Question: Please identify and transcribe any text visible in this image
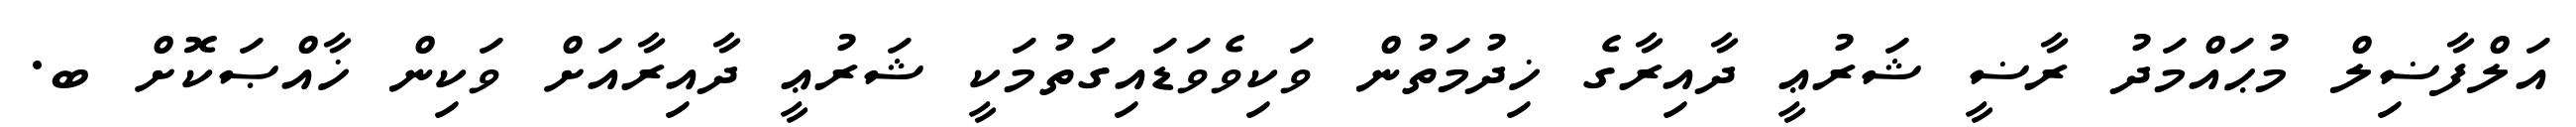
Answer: އަލްފާޟިލް މުޙައްމަދު ރާޟީ ޝަރުޢީ ދާއިރާގެ ޚިދުމަތުން ވަކިވެވަޑައިގަތުމަކީ ޝަރުޢީ ދާއިރާއަށް ވަކިން ޚާއްޞަކޮށް ބ.